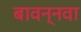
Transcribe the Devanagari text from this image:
बावन्नवा